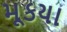
મૂકયા